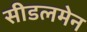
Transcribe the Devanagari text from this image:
सीडलमेन